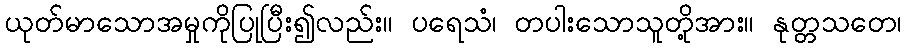
ယုတ်မာသောအမှုကိုပြုပြီး၍လည်း။ ပရေသံ၊ တပါးသောသူတို့အား။ နုတ္တသတေ၊